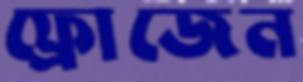
ফ্রোজেন